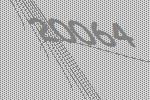
20064